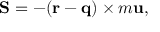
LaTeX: { \bf S } = - ( { \bf r } - { \bf q } ) \times m { \bf u } ,